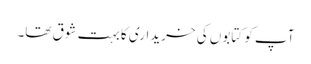
آپ کو کتابوں کی خریداری کا بہت شوق تھا۔